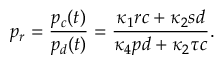
p _ { r } = \frac { p _ { c } ( t ) } { p _ { d } ( t ) } = \frac { \kappa _ { 1 } r c + \kappa _ { 2 } s d } { \kappa _ { 4 } p d + \kappa _ { 2 } \tau c } .